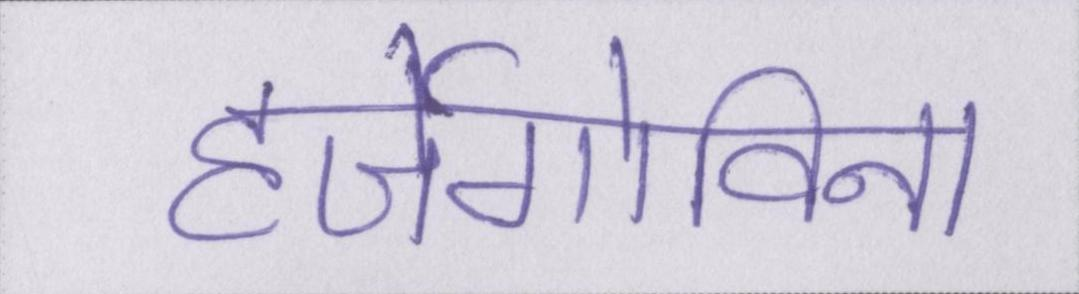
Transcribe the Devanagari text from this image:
हर्जेगोविना